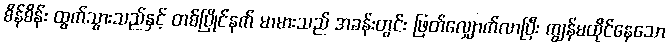
စိန်စိန်း ထွက်သွားသည်နှင့် တစ်ပြိုင်နက် မာမားသည် အခန်းတွင်း ဖြတ်လျှောက်လာပြီး ကျွန်မထိုင်နေသော